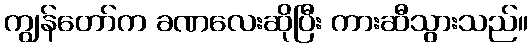
ကျွန်တော်က ခဏလေးဆိုပြီး ကားဆီသွားသည်။